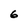
Character: 6